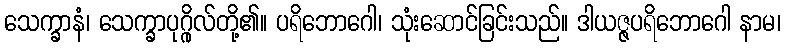
သေက္ခာနံ၊ သေက္ခာပုဂ္ဂိုလ်တို့၏။ ပရိဘောဂေါ၊ သုံးဆောင်ခြင်းသည်။ ဒါယဇ္ဇပရိဘောဂေါ နာမ၊